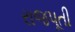
રાજપૂતી